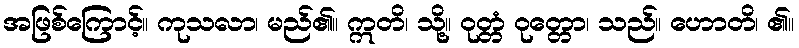
အဖြစ်ကြောင့်။ ကုသလာ၊ မည်၏။ ဣတိ၊ သို့။ ဝုတ္တံ ဝုတ္တော၊ သည်။ ဟောတိ၊ ၏။